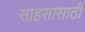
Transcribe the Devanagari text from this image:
साहसासाठी